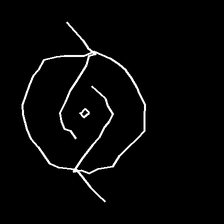
Glyph: repetition